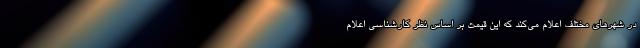
در شهرهای مختلف اعلام می‌کند که این قیمت بر اساس نظر کارشناسی اعلام